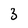
Character: 3